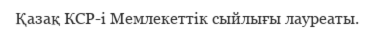
Қазақ КСР-і Мемлекеттік сыйлығы лауреаты.